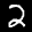
Label: 2